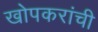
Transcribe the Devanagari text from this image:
खोपकरांची